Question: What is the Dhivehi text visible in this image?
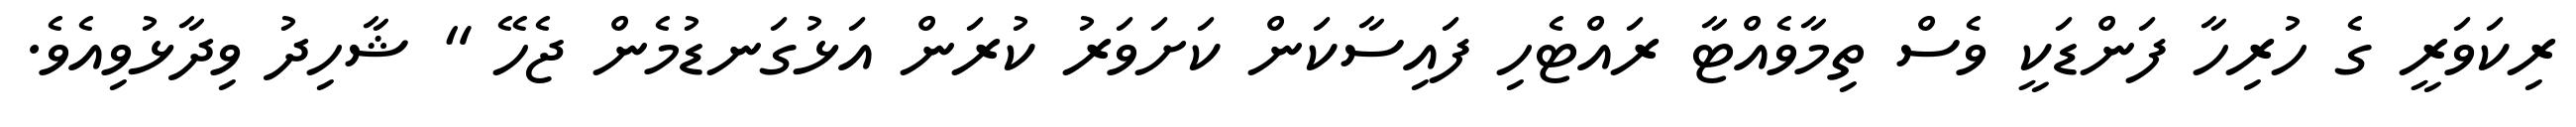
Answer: ރިކަވަރީ ގެ ހުރިހާ ފަންޑަކީ ވެސް ތިމާވެއްޓާ ރައްޓެހި ފައިސާކަން ކަށަވަރު ކުރަން އަޅުގަނޑުމެން ޖެހޭ " ޝާހިދު ވިދާޅުވިއެވެ.